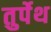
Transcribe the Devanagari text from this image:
तुर्पेथ